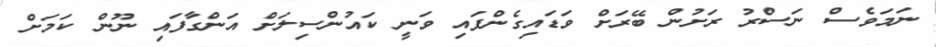
ނަމަވެސް ނަސްރު ރަށުން ބޭރަށް ވަޑައިގެންފައި ވަނީ ކައުންސިލަށް އަންގާފައި ނޫން ކަމަށް